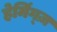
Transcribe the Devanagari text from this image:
हेमिंग्ज़